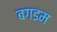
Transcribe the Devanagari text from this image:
बगडम